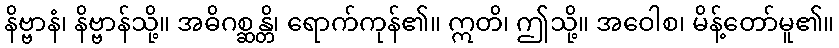
နိဗ္ဗာနံ၊ နိဗ္ဗာန်သို့။ အဓိဂစ္ဆန္တိ၊ ရောက်ကုန်၏။ ဣတိ၊ ဤသို့။ အဝေါစ၊ မိန့်တော်မူ၏။